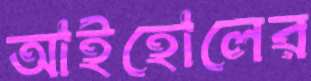
আইহোলের